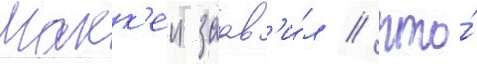
Макк'еи заав'и́л / что́